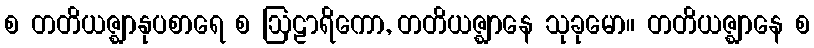
စ တတိယဇ္ဈာနုပစာရေ စ ဩဠာရိကော, တတိယဇ္ဈာနေ သုခုမော။ တတိယဇ္ဈာနေ စ